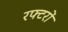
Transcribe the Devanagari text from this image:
रफ्टरों